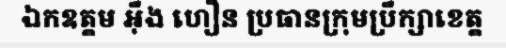
ឯកឧត្តម អ៊ឹង ហឿន ប្រធានក្រុមប្រឹក្សាខេត្ត